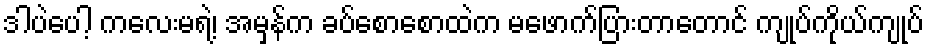
ဒါပဲပေါ့ ကလေးမရဲ့၊ အမှန်က ခပ်စောစောထဲက မဖောက်ပြားတာတောင် ကျုပ်ကိုယ်ကျုပ်